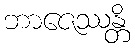
ဘာဇေဿန္တိ